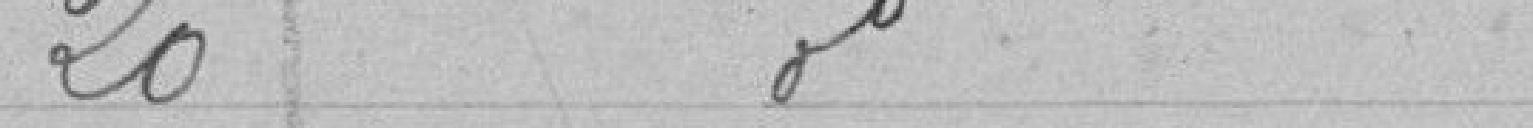
20 Emprunt